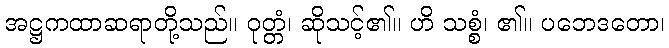
အဋ္ဌကထာဆရာတို့သည်။ ဝုတ္တံ၊ ဆိုသင့်၏။ ဟိ သစ္စံ၊ ၏။ ပဘေဒတော၊